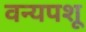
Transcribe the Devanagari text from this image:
वन्यपशू